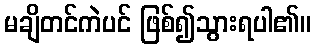
မချိတင်ကဲပင် ဖြစ်၍သွားရပါ၏။